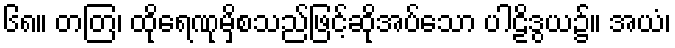
၆၈။ တတြ၊ ထိုရေဏုမှိစသည်ဖြင့်ဆိုအပ်သော ပါဠိဒွယ၌။ အယံ၊